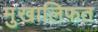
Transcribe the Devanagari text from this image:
मु़खालिफ़त